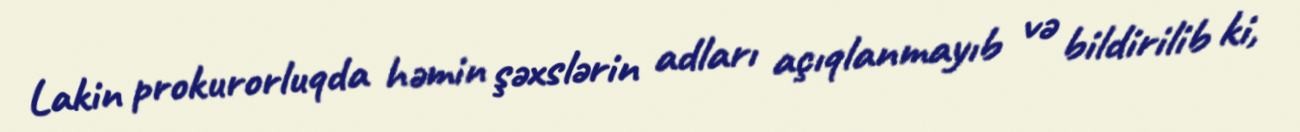
Lakin prokurorluqda həmin şəxslərin adları açıqlanmayıb və bildirilib ki,